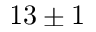
1 3 \pm 1